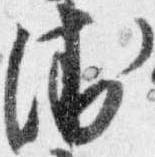
衛